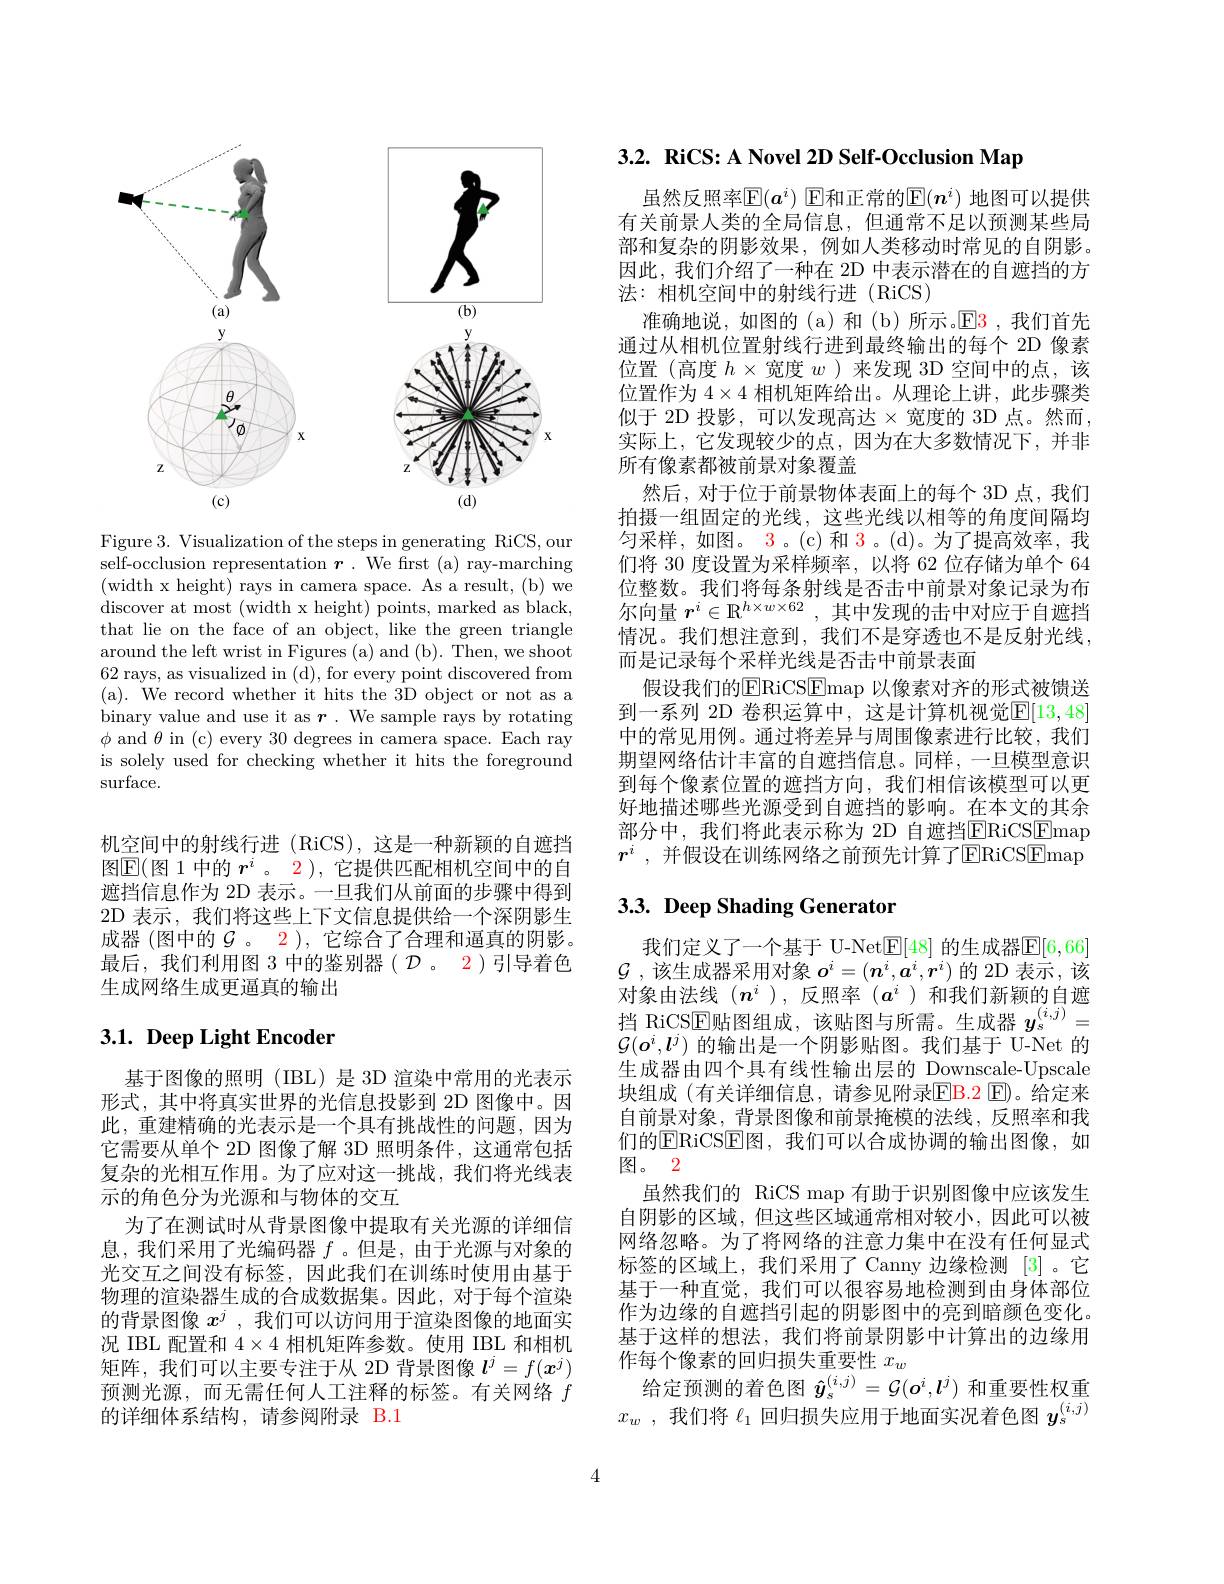
<FigureHere>

Figure 3. Visualization of the steps in generating RiCS, our self-occlusion representation $\boldsymbol{r}.$ We frst (a) ray-marching (width x height) rays in camera space. As a result, (b) we discover at most (width x height) points, marked as black, that lie on the face of an object, like the green triangle around the left wrist in Figures (a) and (b). Then, we shoot 62 rays, as visualized in (d), for every point discovered from (a). We record whether it hits the 3D object or not as a binary value and use it as $\boldsymbol{r}.$ We sample rays by rotating $\phi$ and $\theta$ in (c) every 30 degrees in camera space. Each ray is solely used for checking whether it hits the foreground surface.

机空间中的射线行进 (RiCS),这是一种新颖的自遮挡图$\mathbb{E}($图 1 中的 $r^i$。2 ), 它提供匹配相机空间中的自遮挡信息作为 2D 表示。一旦我们从前面的步骤中得到2D 表示，我们将这些上下文信息提供给一个深阴影生成器 (图中的$\mathcal{G}$ 。2 ), 它综合了合理和逼真的阴影。最后，我们利用图 3 中的鉴别器( $\mathcal{D}$ 。2)引导着色生成网络生成更逼真的输出

# $3. 1. \textbf{Deep Light Encoder}$

基于图像的照明(IBL)是 3D 渲染中常用的光表示形式，其中将真实世界的光信息投影到 2D 图像中。因此，重建精确的光表示是一个具有挑战性的问题，因为它需要从单个 2D 图像了解 3D 照明条件，这通常包括复杂的光相互作用。为了应对这一挑战，我们将光线表示的角色分为光源和与物体的交互
为了在测试时从背景图像中提取有关光源的详细信息，我们采用了光编码器$f$ 。但是，由于光源与对象的光交互之间没有标签，因此我们在训练时使用由基于物理的渲染器生成的合成数据集。因此，对于每个渲染的背景图像$x^j$ ,我们可以访问用于渲染图像的地面实况 IBL 配置和$4\times4$相机矩阵参数。使用 IBL 和相机矩阵，我们可以主要专注于从 2D 背景图像$l^j=f(x^j)$ 预测光源，而无需任何人工注释的标签。有关网络$f$ 的详细体系结构，请参阅附录 B.1

3.2. RiCS: A Novel 2D Self-Occlusion Map

虽然反照率$\mathbb{E}(\boldsymbol{a}^i)$ E和正常的$\mathbb{E}(\boldsymbol{n}^i)$ 地图可以提供有关前景人类的全局信息，但通常不足以预测某些局部和复杂的阴影效果，例如人类移动时常见的自阴影。因此，我们介绍了一种在 2D 中表示潜在的自遮挡的方法：相机空间中的射线行进(RiCS)
准确地说，如图的(a)和(b)所示。$\mathbb{E}$3,我们首先通过从相机位置射线行进到最终输出的每个 2D 像素位置(高度$h\times$宽度$w$ )来发现 3D 空间中的点，该位置作为$4\times4$相机矩阵给出。从理论上讲，此步骤类似于 2D 投影，可以发现高达$\times$宽度的 3D 点。然而， 实际上，它发现较少的点，因为在大多数情况下，并非所有像素都被前景对象覆盖
然后，对于位于前景物体表面上的每个 3D 点，我们拍摄一组固定的光线，这些光线以相等的角度间隔均匀采样，如图。3。(c)和 3。(d)。为了提高效率，我们将 30 度设置为采样频率，以将 62 位存储为单个 64位整数。我们将每条射线是否击中前景对象记录为布尔向量$r^i\in\mathbb{R}^{h\times w\times62}$,其中发现的击中对应于自遮挡情况。我们想注意到，我们不是穿透也不是反射光线， 而是记录每个采样光线是否击中前景表面
假设我们的$\overline{\mathrm{ERiCSEmap}}$ 以像素对齐的形式被馈送到一系列 2D 卷积运算中，这是计算机视觉$\mathbb{E}[13,48]$ 中的常见用例。通过将差异与周围像素进行比较，我们期望网络估计丰富的自遮挡信息。同样，一旦模型意识到每个像素位置的遮挡方向，我们相信该模型可以更好地描述哪些光源受到自遮挡的影响。在本文的其余部分中，我们将此表示称为 2D 自遮挡$\overline{\mathrm{ERiCSEmap}}$ $r^i$ ,并假设在训练网络之前预先计算了ERiCSEmap

# $3. 3. \textbf{ Deep Shading Generator}$

我们定义了一个基于 U-Net$\boxed{\mathrm{F}}[48]$ 的生成器$\boxed{\mathrm{E}}[6,66]$ $\mathcal{G}$ ,该生成器采用对象$o^i=(\boldsymbol{n}^i,\boldsymbol{a}^i,\boldsymbol{r}^i)$的 2D 表示，该对象由法线($n^i$ ),反照率$(a^i$ )和我们新颖的自遮挡 RiCSE贴 图 组 成 , 该 贴 图 与 所 需 。生 成 器 $y_{s}^{( i, j) }=$ $C( - i, i)$ 的 检 出 且 $C( - i, i)$ 的 故 出 且$\mathcal{G}(\boldsymbol{o}^i,\boldsymbol{l}^j)$的输出是一个阴影贴图。我们基于 U-Net 的生成器由四个具有线性输出层的 Downscale-Upscale 块组成 (有关详细信息，请参见附录$\color{red}{\mathrm{EB.2~E}}$)。给定来自前景对象，背景图像和前景掩模的法线，反照率和我们的$\overline{\mathrm{ERiCSE}}$图，我们可以合成协调的输出图像，如图。2
虽然我们的 RiCS map 有助于识别图像中应该发生自阴影的区域，但这些区域通常相对较小，因此可以被网络忽略。为了将网络的注意力集中在没有任何显式标签的区域上，我们采用了 Canny 边缘检测 [3]。它基于一种直觉，我们可以很容易地检测到由身体部位作为边缘的自遮挡引起的阴影图中的亮到暗颜色变化。基于这样的想法，我们将前景阴影中计算出的边缘用作每个像素的回归损失重要性$x_w$
给定预测的着色图$\hat{y}_s^{(i,j)}=\mathcal{G}(o^i,l^j)$和重要性权重$x_w$ ,我们将$\ell_1$回归损失应用于地面实况着色图$y_s^{(i,j)}$

4